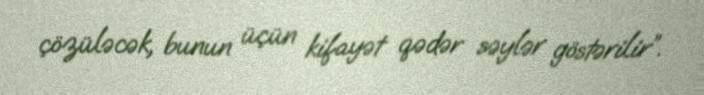
çözüləcək, bunun üçün kifayət qədər səylər göstərilir”.